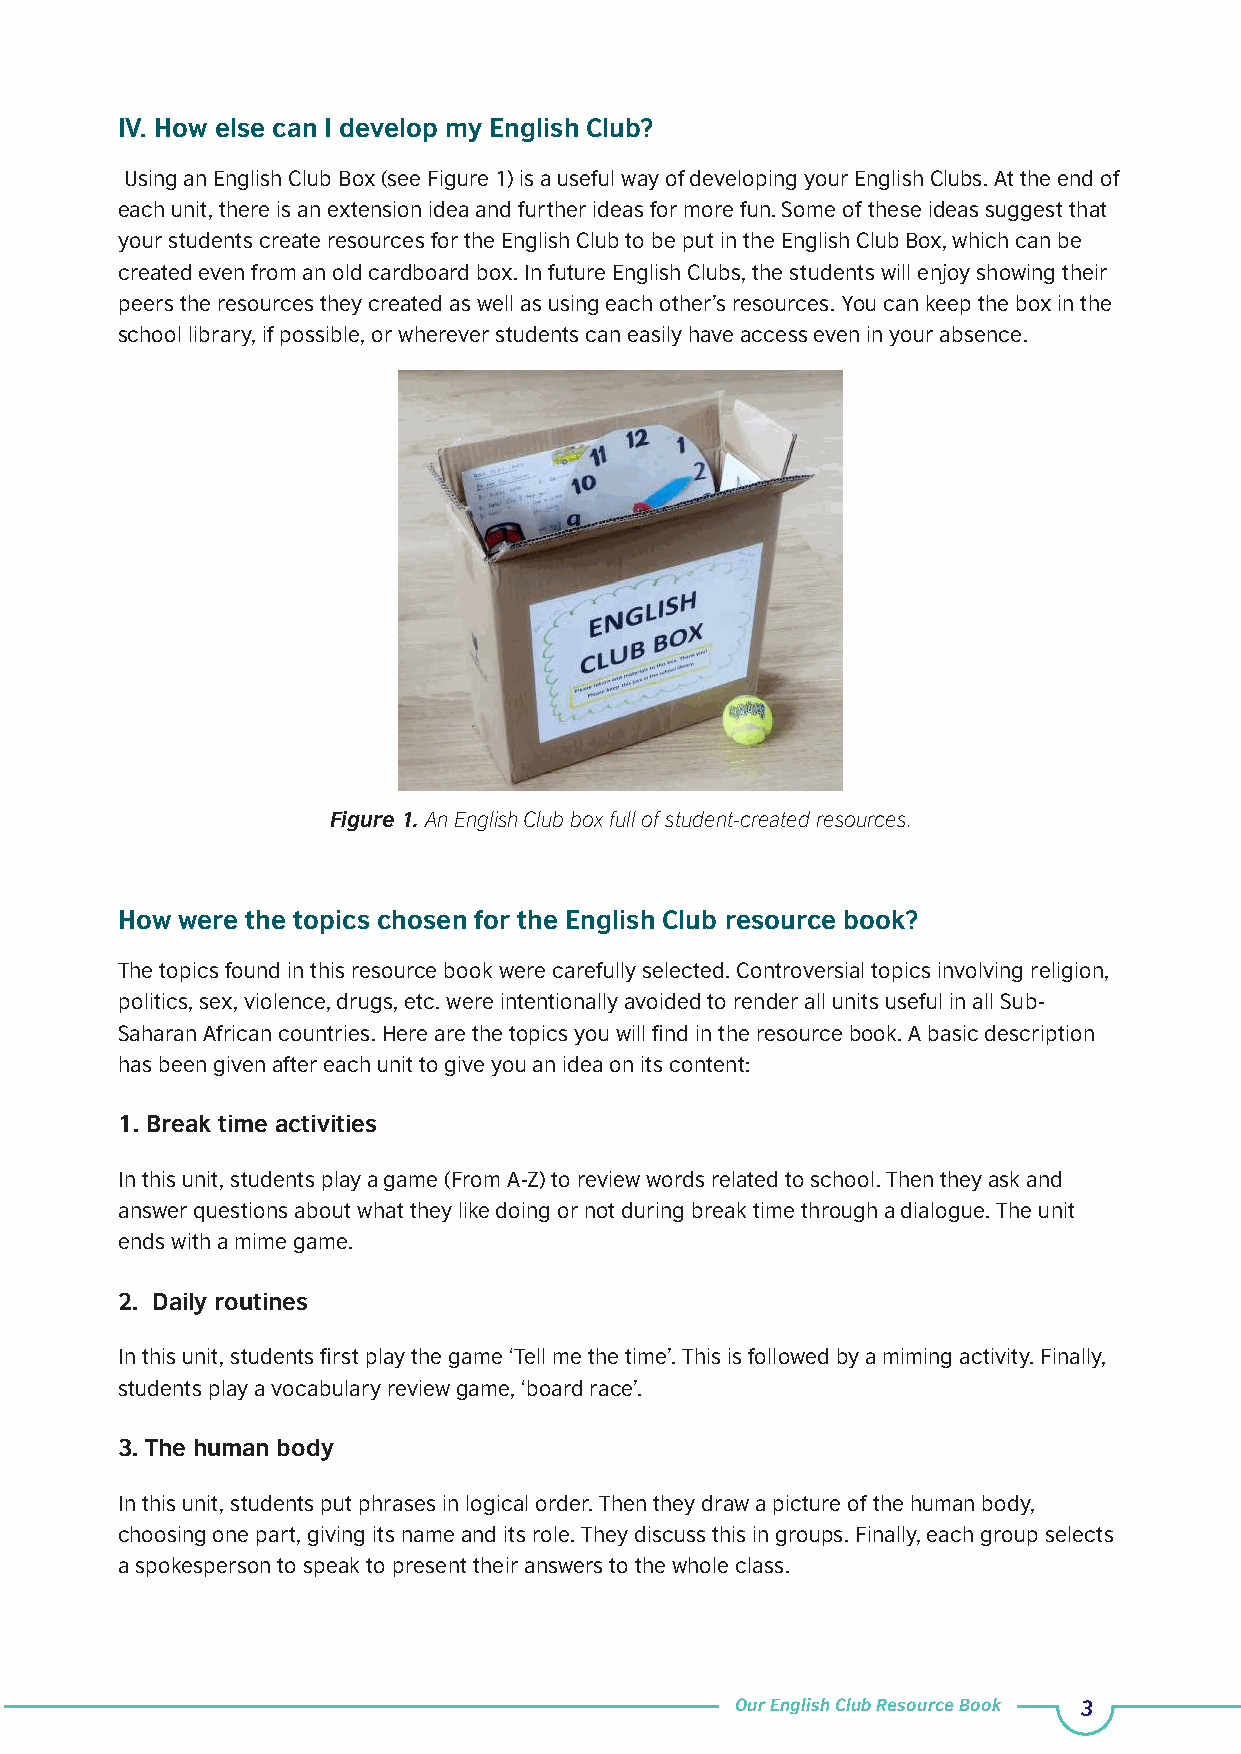
IV. How else can I develop my English Club?
 Using an English Club Box (see Figure 1) is a useful way of developing your English Clubs. At the end of
 each unit, there is an extension idea and further ideas for more fun. Some of these ideas suggest that
 your students create resources for the English Club to be put in the English Club Box, which can be
 created even from an old cardboard box. In future English Clubs, the students will enjoy showing their
 peers the resources they created as well as using each other’s resources. You can keep the box in the
 school library, if possible, or wherever students can easily have access even in your absence.
 Figure 1. An English Club box full of student-created resources.
 How were the topics chosen for the English Club resource book?
 The topics found in this resource book were carefully selected. Controversial topics involving religion,
 politics, sex, violence, drugs, etc. were intentionally avoided to render all units useful in all Sub-
 Saharan African countries. Here are the topics you will find in the resource book. A basic description
 has been given after each unit to give you an idea on its content:
 1. Break time activities
 In this unit, students play a game (From A-Z) to review words related to school. Then they ask and
 answer questions about what they like doing or not during break time through a dialogue. The unit
 ends with a mime game.
 2. Daily routines
 In this unit, students first play the game ‘Tell me the time’. This is followed by a miming activity. Finally,
 students play a vocabulary review game, ‘board race’.
 3. The human body
 In this unit, students put phrases in logical order. Then they draw a picture of the human body,
 choosing one part, giving its name and its role. They discuss this in groups. Finally, each group selects
 a spokesperson to speak to present their answers to the whole class.
 Our English Club Resource Book 3